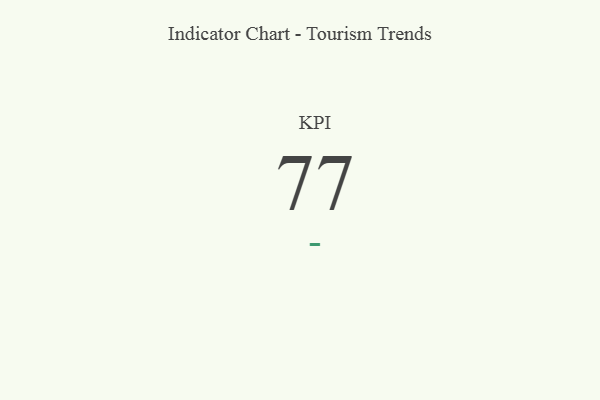
{"axis": {"x": "KPI", "y": "Value"}, "legend": [""], "data": [{"x": "KPI", "y": 77, "type": ""}]}